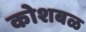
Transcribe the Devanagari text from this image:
कोशबळ